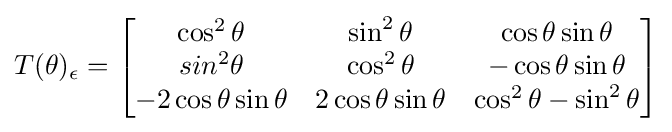
T(\theta )_{\epsilon }={\begin{bmatrix}\cos ^{2}\theta &\sin ^{2}\theta &\cos \theta \sin \theta \\sin^{2}\theta &\cos ^{2}\theta &-\cos \theta \sin \theta \\-2\cos \theta \sin \theta &2\cos \theta \sin \theta &\cos ^{2}\theta -\sin ^{2}\theta \end{bmatrix}}